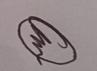
Signature authenticity: genuine